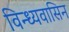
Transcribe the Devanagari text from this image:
विन्ध्यवासिन